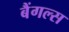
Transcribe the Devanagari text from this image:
बैंगल्स